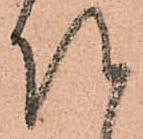
越